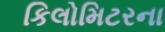
કિલોમિટરના